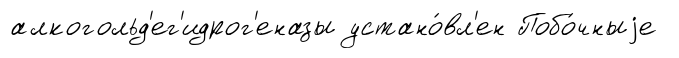
алкогольд'ег'идрог'еназы устано́вл'ен Побо́чныjе